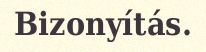
Bizonyítás.